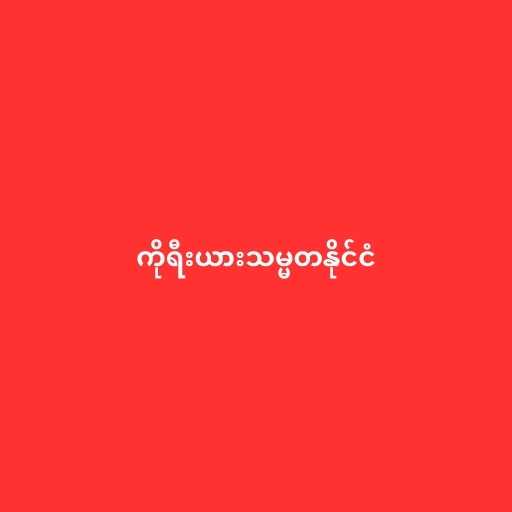
ကိုရီးယားသမ္မတနိုင်ငံ